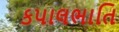
કપાલભાતિ